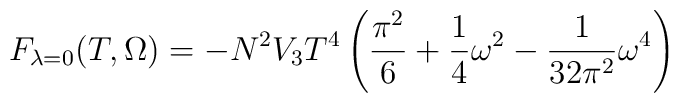
F_{\lambda=0} (T,\Omega) = - N^2 V_3 T^4 \left( \frac{\pi^2}{6}+ \frac{1}{4} \omega^2 - \frac{1}{32\pi^2} \omega^4 \right)